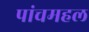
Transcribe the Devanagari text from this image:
पांचमहल